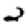
Digit: 2